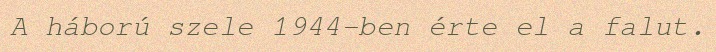
A háború szele 1944-ben érte el a falut.